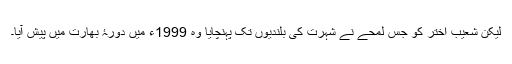
لیکن شعیب اختر کو جس لمحے نے شہرت کی بلندیوں تک پہنچایا وہ 1999ء میں دورۂ بھارت میں پیش آیا۔